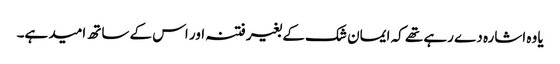
یا وہ اشارہ دے رہے تھے کہ ایمان شک کے بغیر فتنہ اور اس کے ساتھ امید ہے۔